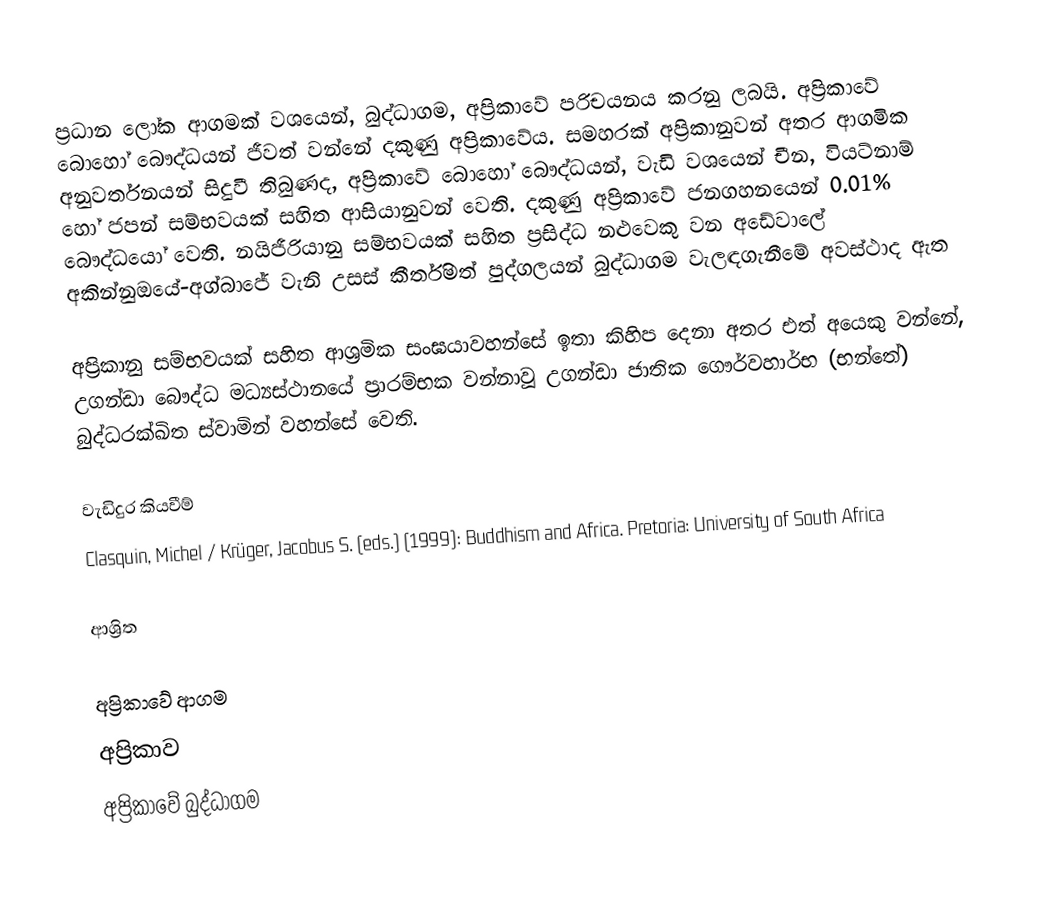
ප්‍රධාන ලෝක ආගමක් වශයෙන්, බුද්ධාගම,  අප්‍රිකාවේ පරිචයනය කරනු ලබයි. අප්‍රිකාවේ බොහෝ බෞද්ධයන් ජීවත් වන්නේ දකුණු අප්‍රිකාවේය. සමහරක් අප්‍රිකානුවන් අතර ආගමික අනුවර්තනයන් සිදුවී තිබුණද, අප්‍රිකාවේ බොහෝ බෞද්ධයන්, වැඩි වශයෙන් චීන, වියට්නාම් හෝ ජපන් සම්භවයක් සහිත ආසියානුවන් වෙති. දකුණු අප්‍රිකාවේ ජනගහනයෙන් 0.01% බෞද්ධයෝ වෙති. නයිජීරියානු සම්භවයක් සහිත ප්‍රසිද්ධ නළුවෙකු වන අඩේවාලේ අකින්නුඔයේ-අග්බාජේ වැනි උසස් කීර්තිමත් පුද්ගලයන් බුද්ධාගම වැලඳගැනීමේ අවස්ථාද ඇත

අප්‍රිකානු සම්භවයක් සහිත ආශ්‍රමික සංඝයාවහන්සේ ඉතා කිහිප දෙනා අතර එත් අයෙකු වන්නේ,    උගන්ඩා බෞද්ධ මධ්‍යස්ථානයේ ප්‍රාරම්භක වන්නාවූ උගන්ඩා ජාතික  ගෞර්වහාර්භ (භන්තේ) බුද්ධරක්ඛිත ස්වාමින් වහන්සේ වෙති.

වැඩිදුර කියවීම්
 Clasquin, Michel / Krüger, Jacobus S. (eds.) (1999): Buddhism and Africa. Pretoria: University of South Africa

ආශ්‍රිත

අප්‍රිකාවේ ආගම
අප්‍රිකාව
අප්‍රිකාවේ බුද්ධාගම